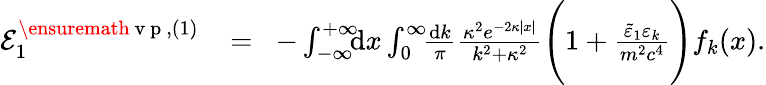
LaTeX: \begin{array}{rlr}{{\cal E}_{1}^{\ensuremath{\mathrm{~v~p~}},(1)}\! }&{{}=}&{\! -\int_{-\infty}^{+\infty}\! \! \! \mathrm{d}x\int_{0}^{\infty}\! \! \frac{\mathrm dk}{\pi}\frac{\kappa^{2}e^{-2\kappa|x|}}{k^{2}+\kappa^{2}}\Bigg(1+\frac{\tilde{\varepsilon}_{1}\varepsilon_{k}}{m^{2}c^{4}}\Bigg)f_{k}(x).}\end{array}